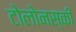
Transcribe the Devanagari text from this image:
टोलोनस्की